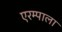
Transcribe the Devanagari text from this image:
एरम्पाला